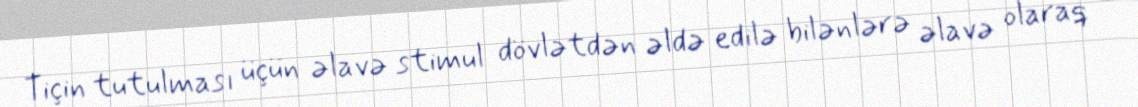
Tiçin tutulması üçün əlavə stimul dövlətdən əldə edilə bilənlərə əlavə olaraq